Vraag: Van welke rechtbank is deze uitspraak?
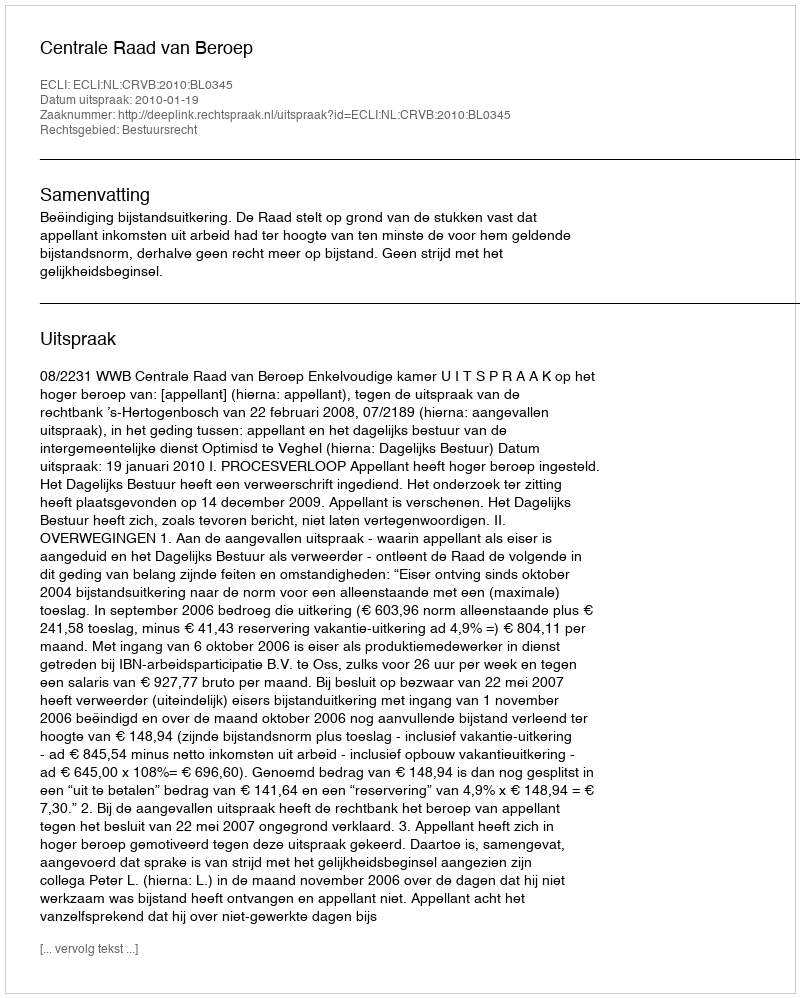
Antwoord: Centrale Raad van Beroep